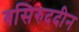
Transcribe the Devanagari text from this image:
बसिरुददीन